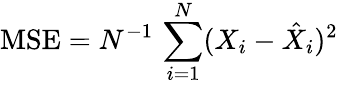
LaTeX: \mathrm{MSE}=N^{-1}\, \sum_{i=1}^{N}(X_{i}-\hat{X}_{i})^{2}